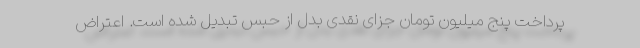
پرداخت پنج میلیون تومان جزای نقدی بدل از حبس تبدیل شده است. اعتراض